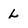
Character: L